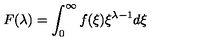
F ( \lambda ) = \int _ { 0 } ^ { \infty } f ( \xi ) \xi ^ { \lambda - 1 } d \xi